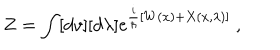
Z = \int [ d v ] [ d \lambda ] \mathrm { e } ^ { \frac { i } { \hbar } \left[ W ( x ) + X ( x , \lambda ) \right] } { } ~ ,